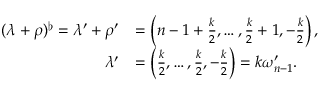
\begin{array} { r l } { ( \lambda + \rho ) ^ { \flat } = \lambda ^ { \prime } + \rho ^ { \prime } } & { = \left( n - 1 + \frac { k } { 2 } , \ldots , \frac { k } { 2 } + 1 , - \frac { k } { 2 } \right) , } \\ { \lambda ^ { \prime } } & { = \left( \frac { k } { 2 } , \ldots , \frac { k } { 2 } , - \frac { k } { 2 } \right) = k \omega _ { n - 1 } ^ { \prime } . } \end{array}